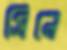
সিনে